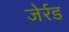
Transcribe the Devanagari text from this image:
जेर्रड